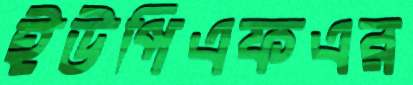
ইউপিএফএর